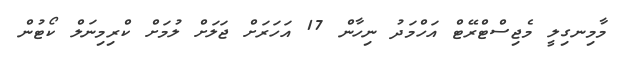
މާމިނގިލީ މެޖިސްޓްރޭޓް އަހްމަދު ނިހާން 17 އަހަރަށް ޖަލަށް ލުމަށް ކްރިމިނަލް ކޯޓުން